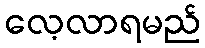
လေ့လာရမည်